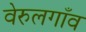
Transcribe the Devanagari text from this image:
वेरुलगाँव